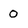
Character: 0